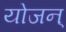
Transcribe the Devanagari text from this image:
योजन्